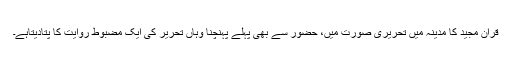
قران مجید کا مدینہ میں تحریری صورت میں، حضور سے بھی پہلے پہنچنا وہاں تحریر کی ایک مضبوط روایت کا پتادیتاہے۔